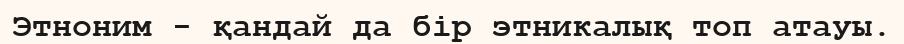
Этноним - қандай да бір этникалық топ атауы.